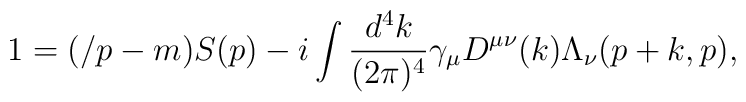
1=(\slash p-m)S(p)-i\int\frac{d^4k}{(2\pi)^4}\gamma_\mu D^{\mu\nu}(k)\Lambda_\nu(p+k,p),